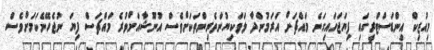
މިއުޒިކް އިންޑަސްޓްރީގައި ފިޔަޖަހައިގަނެ މައްޗަށް އަރަމުންދާ ލަވަކިޔުންތެރިންތަކަށްވެސް އުނޫޝާއަށްވުރެ މައްޗަސް ފިޔަ ނުޖެހޭނެކަމަށްވެސް